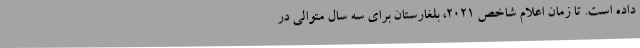
داده است. تا زمان اعلام شاخص 2021، بلغارستان برای سه سال متوالی در